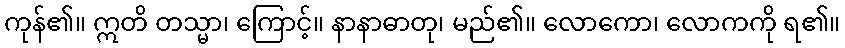
ကုန်၏။ ဣတိ တသ္မာ၊ ကြောင့်။ နာနာဓာတု၊ မည်၏။ လောကော၊ လောကကို ရ၏။